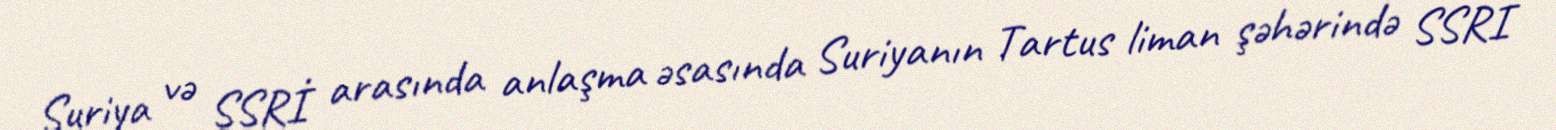
Suriya və SSRİ arasında anlaşma əsasında Suriyanın Tartus liman şəhərində SSRİ